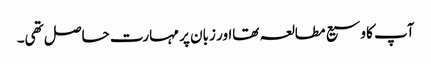
آپ کا وسیع مطالعہ تھااور زبان پر مہارت حاصل تھی۔